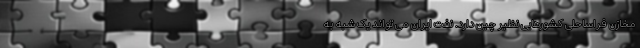
مخازن فراساحلی کشورهایی نظیر چین دارد. نفت ایران می تواند یک شبه به